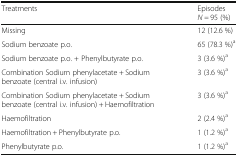
<table><thead><tr><td><b>Treatments</b></td><td><b>Episodes<i>N =</i> 95 (%)</b></td></tr></thead><tbody><tr><td>Missing</td><td>12 (12.6 %)</td></tr><tr><td>Sodium benzoate p.o.</td><td>65 (78.3 %)<sup>a</sup></td></tr><tr><td>Sodium benzoate p.o. + Phenylbutyrate p.o.</td><td>3 (3.6 %)<sup>a</sup></td></tr><tr><td>Combination Sodium phenylacetate + Sodium benzoate (central i.v. infusion)</td><td>3 (3.6 %)<sup>a</sup></td></tr><tr><td>Combination Sodium phenylacetate + Sodium benzoate (central i.v. infusion) + Haemofiltration</td><td>3 (3.6 %)<sup>a</sup></td></tr><tr><td>Haemofiltration</td><td>2 (2.4 %)<sup>a</sup></td></tr><tr><td>Haemofiltration + Phenylbutyrate p.o.</td><td>1 (1.2 %)<sup>a</sup></td></tr><tr><td>Phenylbutyrate p.o.</td><td>1 (1.2 %)<sup>a</sup></td></tr></tbody></table>